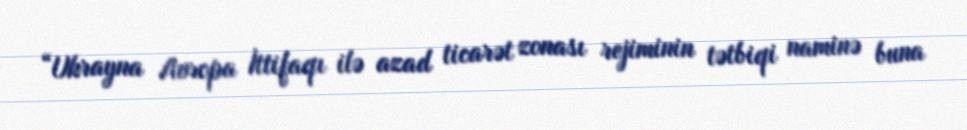
“Ukrayna Avropa İttifaqı ilə azad ticarət zonası rejiminin tətbiqi naminə buna